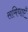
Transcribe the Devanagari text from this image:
समिधाएँ